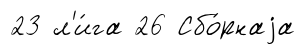
23 л'и́га 26 Сбо́рнаjа